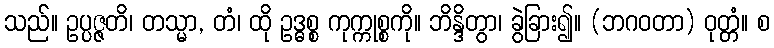
သည်။ ဥပ္ပဇ္ဇတိ၊ တသ္မာ, တံ၊ ထို ဥဒ္ဓစ္စ ကုက္ကုစ္စကို။ ဘိန္ဒိတွာ၊ ခွဲခြား၍။ (ဘဂဝတာ) ဝုတ္တံ။ စ